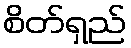
စိတ်ရှည်